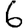
Digit: 6